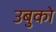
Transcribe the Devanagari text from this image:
उबुको